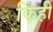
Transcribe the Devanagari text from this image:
किंही